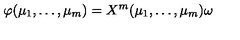
\varphi ( \mu _ { 1 } , \ldots , \mu _ { m } ) = X ^ { m } ( \mu _ { 1 } , \ldots , \mu _ { m } ) \omega